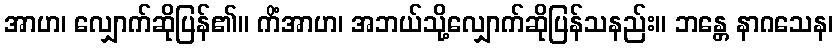
အာဟ၊ လျှောက်ဆိုပြန်၏။ ကိံအာဟ၊ အဘယ်သို့လျှောက်ဆိုပြန်သနည်း။ ဘန္တေ နာဂသေန၊